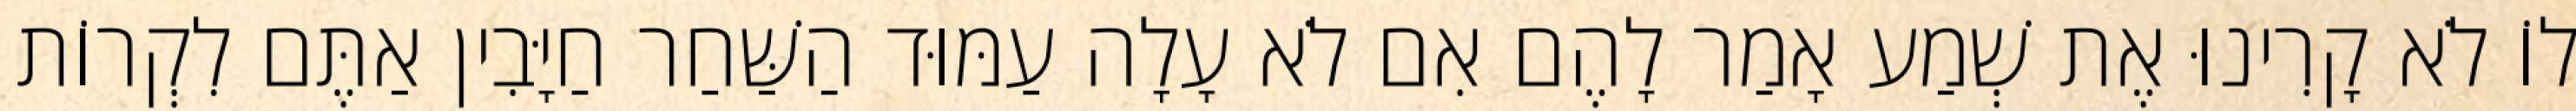
לוֹ לֹא קָרִינוּ אֶת שְׁמַע אָמַר לָהֶם אִם לֹא עָלָה עַמּוּד הַשַּׁחַר חַיָּבִין אַתֶּם לִקְרוֹת